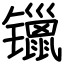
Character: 镴